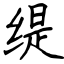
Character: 缇